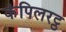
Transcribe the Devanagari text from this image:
कंपिलरट्ठ